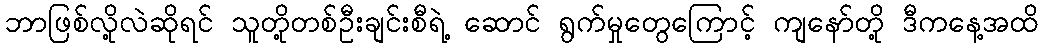
ဘာဖြစ်လို့လဲဆိုရင် သူတို့တစ်ဦးချင်းစီရဲ့ ဆောင် ရွက်မှုတွေကြောင့် ကျနော်တို့ ဒီကနေ့အထိ